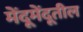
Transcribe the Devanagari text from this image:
मेंदूमेंदूतील